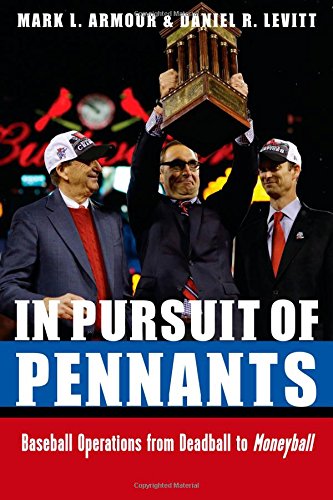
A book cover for In Pursuit of Pennants: Baseball Operations from Deadball to Moneyball; Mark L. Armour; Business & Money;